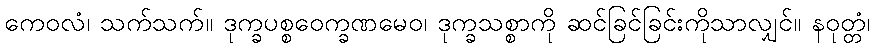
ကေဝလံ၊ သက်သက်။ ဒုက္ခပစ္စဝေက္ခဏမေဝ၊ ဒုက္ခသစ္စာကို ဆင်ခြင်ခြင်းကိုသာလျှင်။ နဝုတ္တံ၊